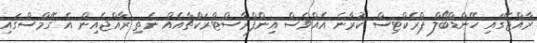
ރާއްޖޭގައި ހޭންޑްބޯލް ޕްރެކްޓިސް ކުރާނެ އެއްވެސް އިންފްރާސްޓްރަކްޗާއެއް ނެތި ރާއްޖެއިން އެ ގޭމްސްގައި